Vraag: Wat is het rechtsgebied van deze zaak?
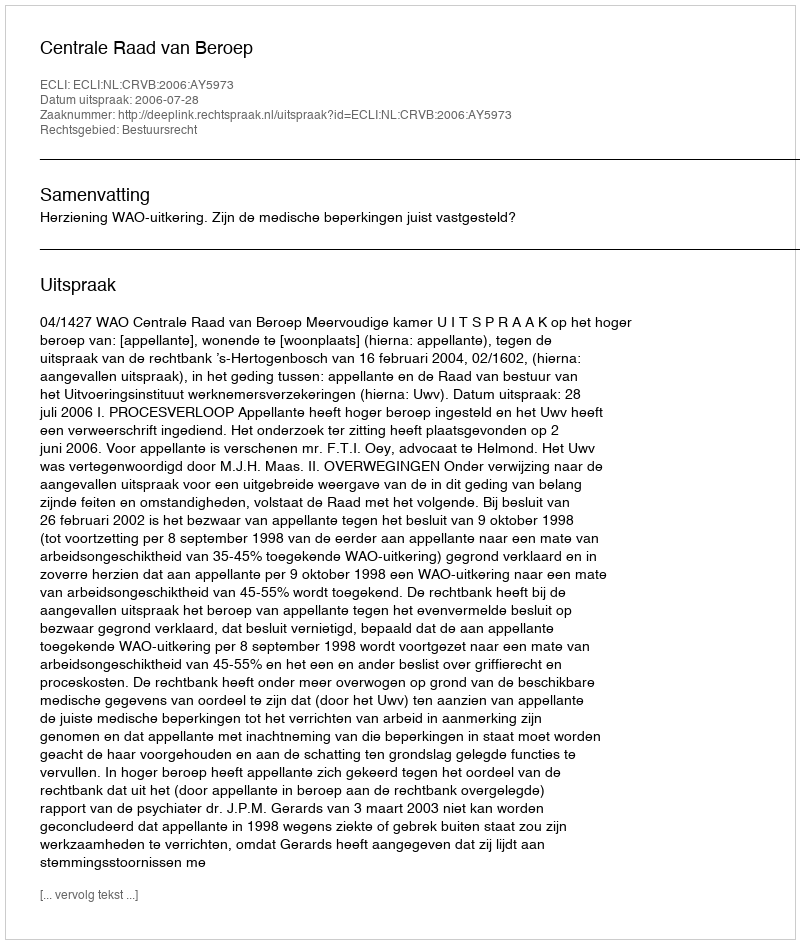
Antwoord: Bestuursrecht